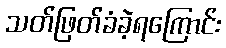
သတ်ဖြတ်ခံခဲ့ရကြောင်း